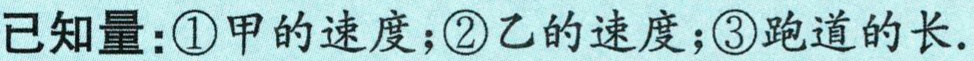
已知量：\textcircled{1}甲的速度；\textcircled{2}乙的速度；\textcircled{3}跑道的长.